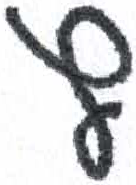
אות: ץ